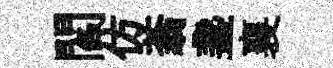
閻仿蓊盞襄